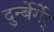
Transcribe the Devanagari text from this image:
दुर्न्बेर्गेर्